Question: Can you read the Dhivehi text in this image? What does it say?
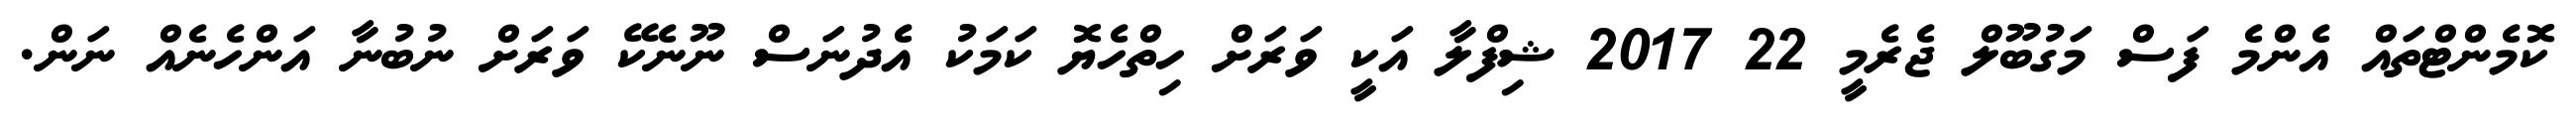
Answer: ކޮމެންޓްތައް އެންމެ ފަސް މަގުބޫލް ޖެރެމީ 22 2017 ޝިފްލާ އަކީ ވަރަށް ހިތްހެޔޮ ކަމަކު އެދުނަސް ނޫނެކޭ ވަރަށް ނުބުނާ އަންހެނެއް ނަން.